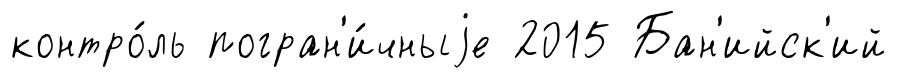
контро́ль погран'и́чныjе 2015 Бан'ийск'ий